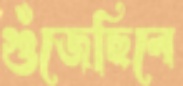
গুঁজেছিলে